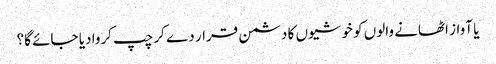
یا آواز اٹھانے والوں کو خوشیوں کا دشمن قرار دے کر چپ کروا دیا جائے گا؟